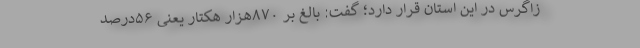
زاگرس در این استان قرار دارد؛ گفت: بالغ بر ۸۷۰هزار هکتار یعنی ۵۶درصد